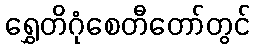
ရွှေတိဂုံစေတီတော်တွင်